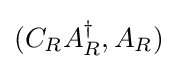
(C_{R}A_{R}^{\dagger },A_{R})